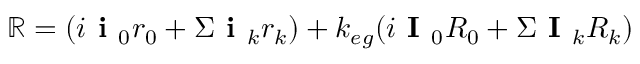
\mathbb { R } = ( i \textbf { i } _ { 0 } r _ { 0 } + \Sigma \textbf { i } _ { k } r _ { k } ) + k _ { e g } ( i \textbf { I } _ { 0 } R _ { 0 } + \Sigma \textbf { I } _ { k } R _ { k } )